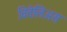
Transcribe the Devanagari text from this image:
वितेलिअस